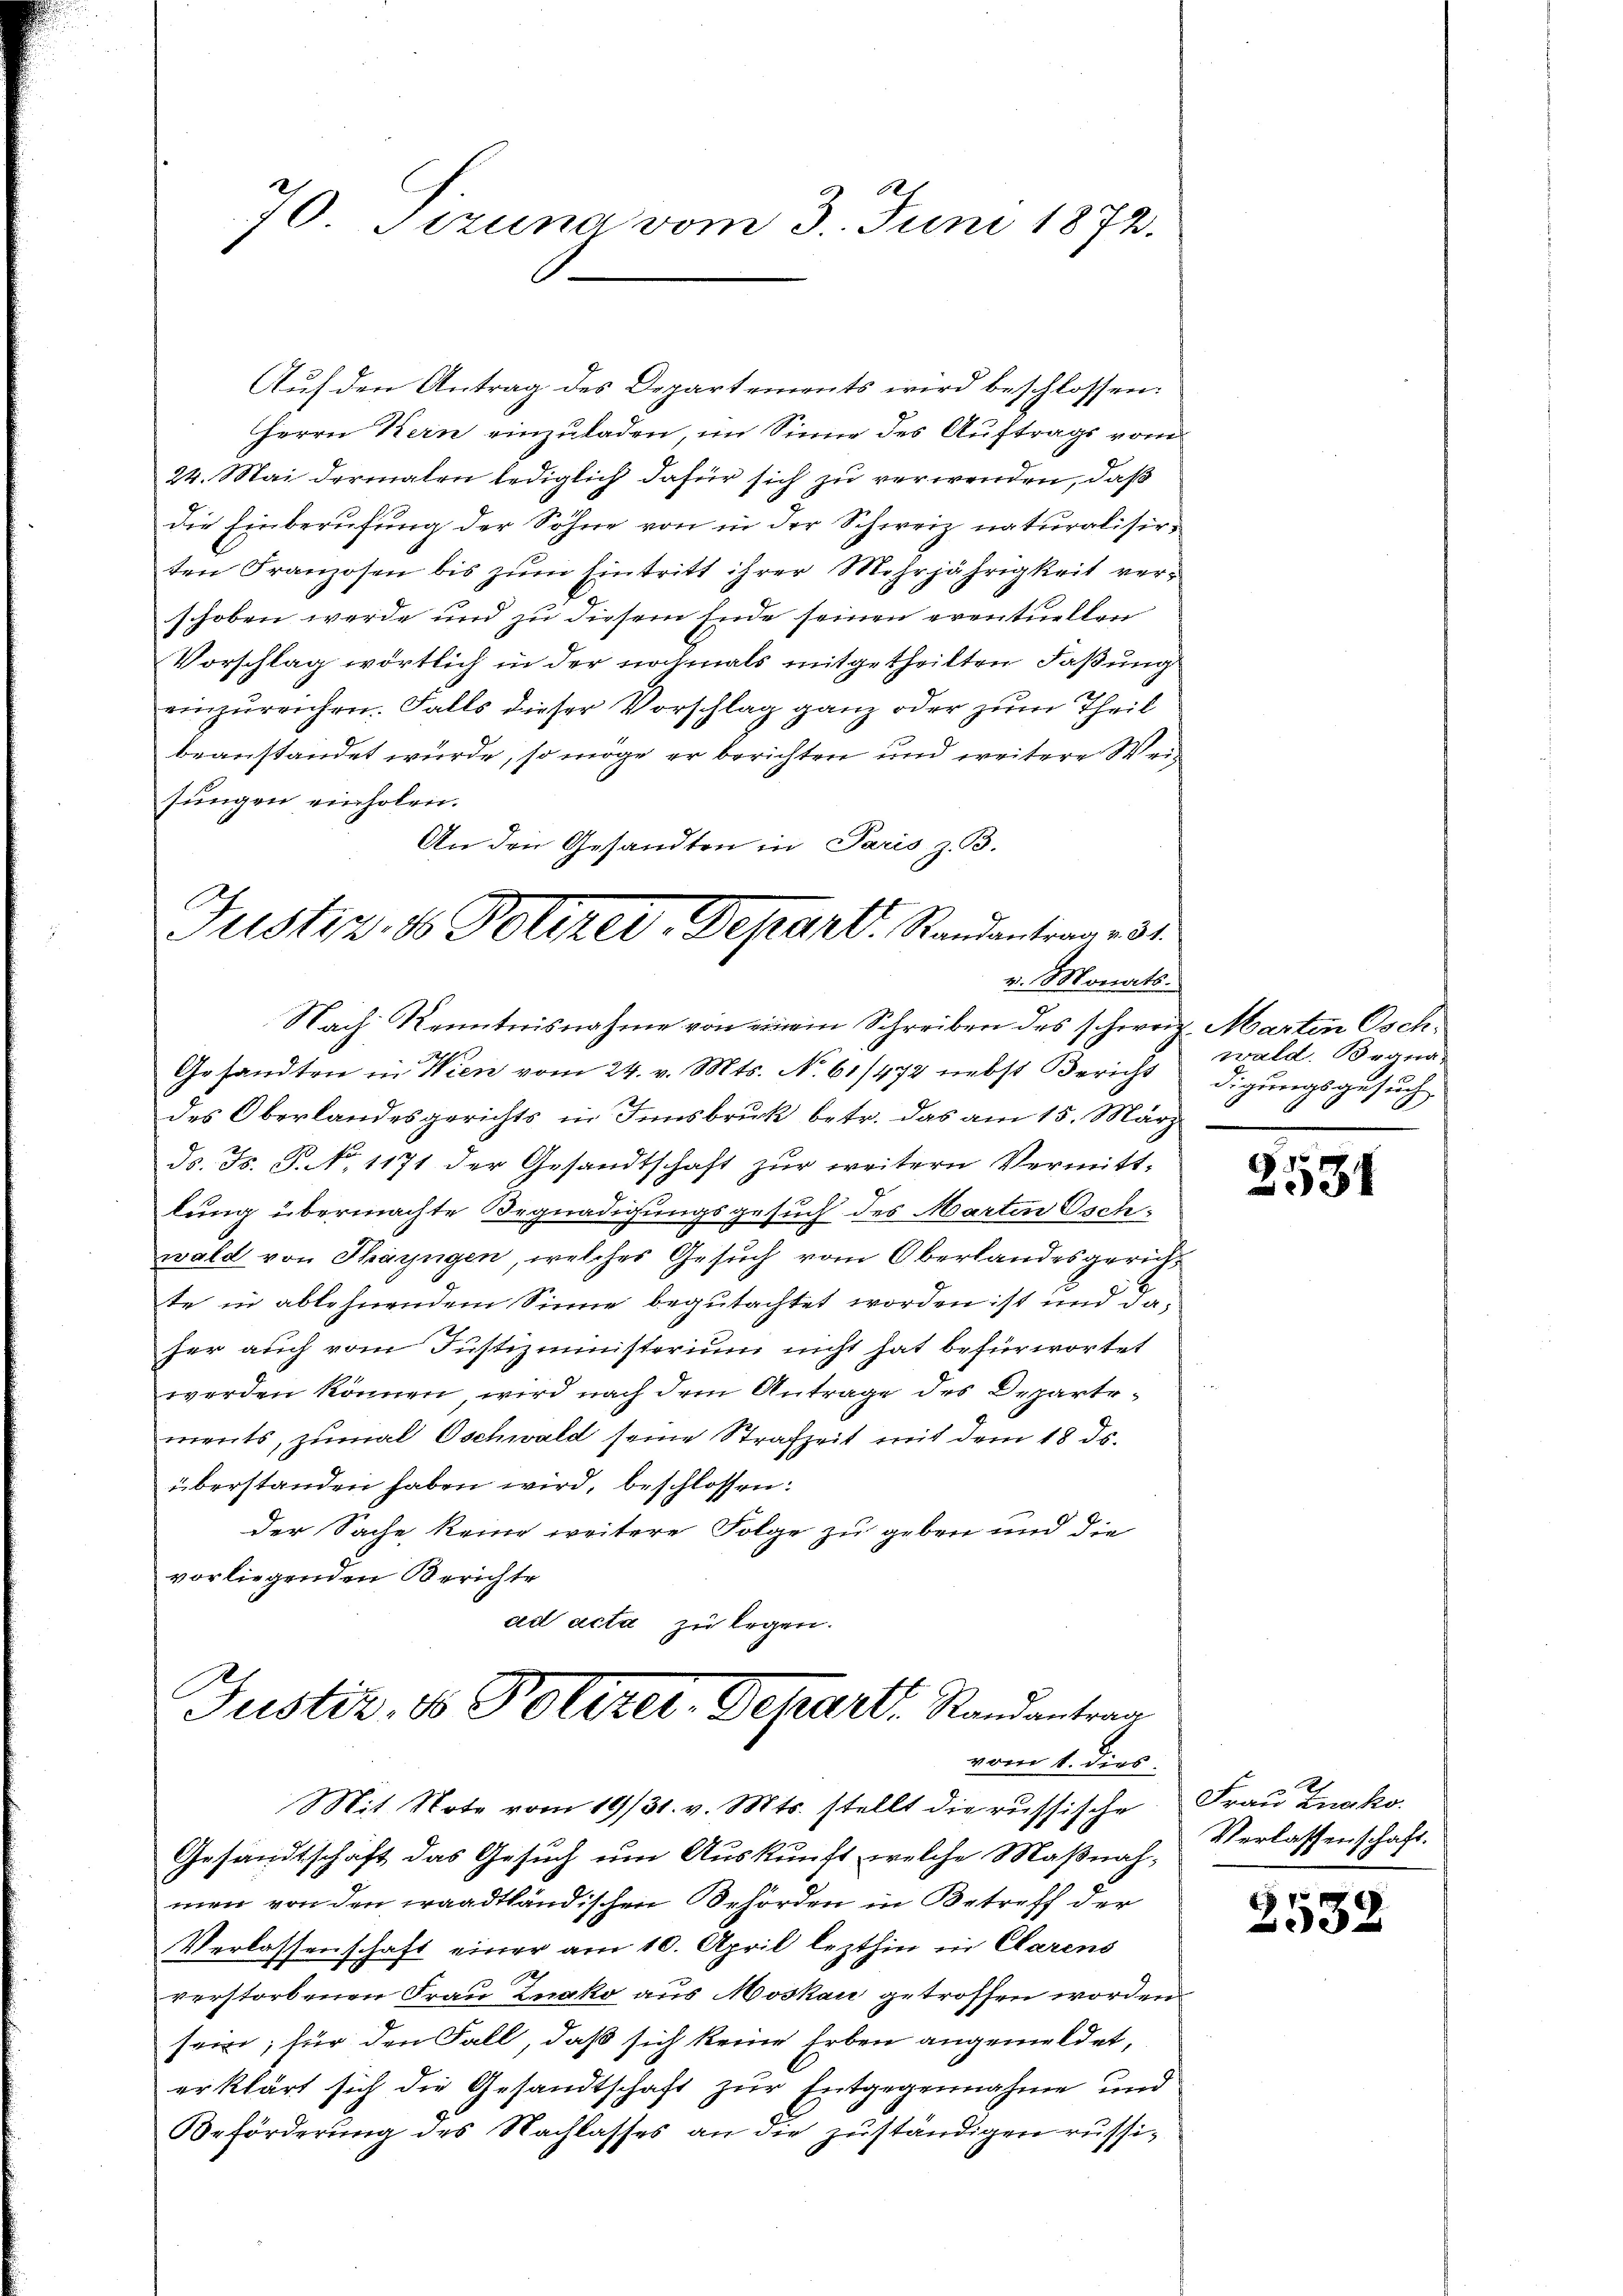
Auf den Antrag des Departements wird beschlossen:
Herrn Kern einzuladen, im Sinne des Auftrags vom
24. Mai dermalen lediglich dafür sich zu verwenden, daß
die Einberufung der Sohne von in der Schweiz naturalisirten Franzosen bis zŭm Eintritt ihrer Mehrjährigkeit ver-
schoben werde und zu diesem Ende seinen eventuellen
Vorschlag wörtlich in der nochmals mitgetheilten Faßung
einzureichen. Falls dieser Vorschlag ganz oder zum Theil
beanstandet würde, so möge er berichten und weitere Weisungen einholen.
An den Gesandten in Paris z. B.

70. Sizung vom 3. Juni 1872.

Justiz & Poliker. Depart. Randanterm 31.
v. Monats.
Nach Kenntnisnahme von einem Schreiben des schweiz. Marten Osch¬

d
Gesandten in Wien vom 24. v. Mts. No 61/472 nebst Bericht digungsgesuch
des Oberlandesgerichts in Innsbruk betr. das am 15. März
ds. Fs. S. N. 1171 der Gesandtschaft zur weitern Vermittlung übermachte Begnadigungsgesuch des Marten Oschwald von Thayngen, welches Gesuch vom Oberlandesgerichte in ablehnendem Sinne begutachtet worden ist und da
her auch vom Justizministerium nicht hat befürwortet
werden können, wird nach dem Antrage des Departements, zumal Oschwald seine Strafzeit mit dem 18 ds.
überstanden haben wird, beschlossen:
der Sache keine weitere Folge zu geben und die
vorliegenden Berichte
ad acta zu legen.

Justiz- & Polizer-Depart. Randantrag
vom 1. dies
Mit Note vom 19/31. v. Mts. stellt die russische Frau Znako
Gesandtschaft das Gesuch um Auskunft, welche Maßnah-

wald. Begna-

men von den waadtländischen Behörden in Betreff der
Verlassenschaft einer am 10. April lezthin in Clarens
verstorbenen Frau Znako aus Moskau getroffen worden.
sei; für den Fall, daß sich keine Erben angemeldet,
erklärt sich die Gesandtschaft zur Entgegennahme und
Beförderung des Nachlasses an die zuständigen russi¬

5.
331

Verlassenschaft.

2532